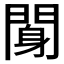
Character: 𨉖